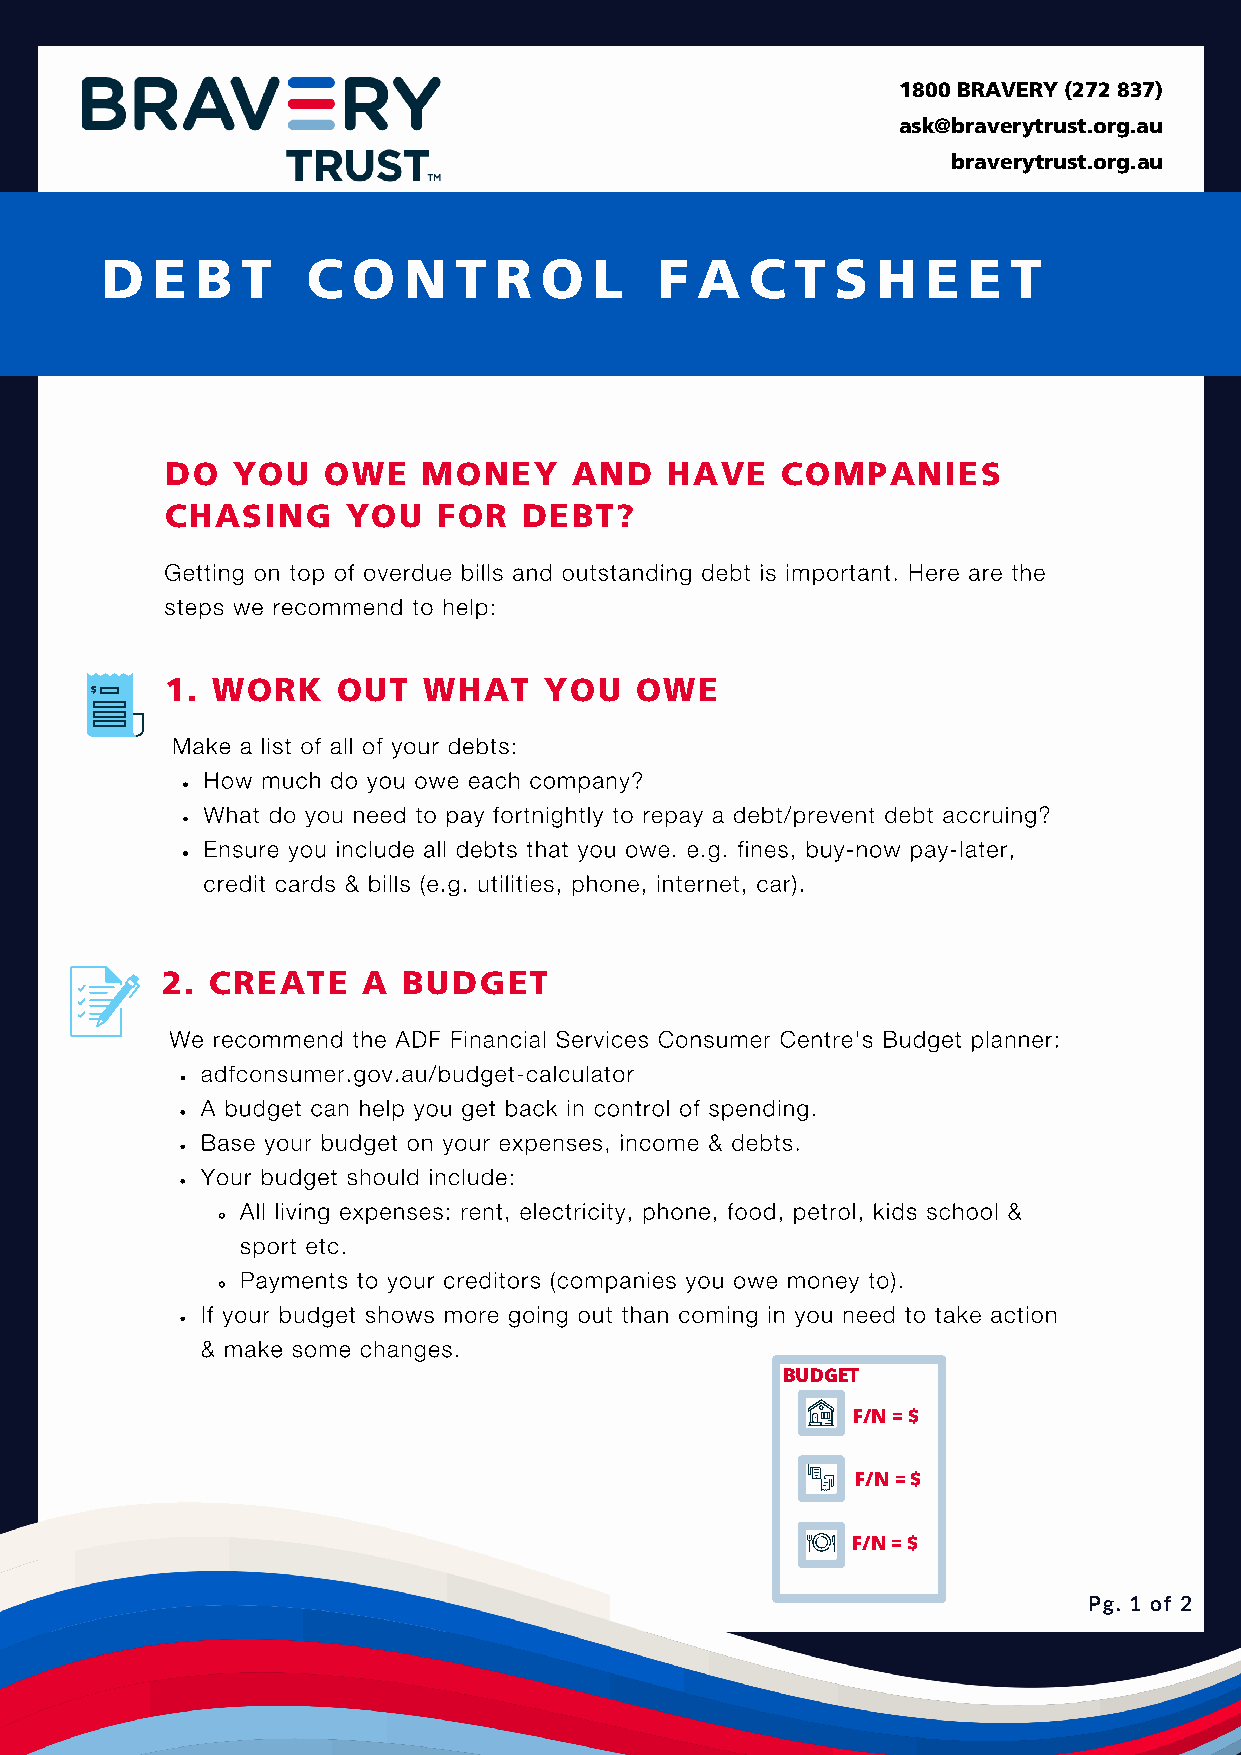
1800 BRAVERY (272 837)
 ask@braverytrust.org.au
 braverytrust.org.au
 D  E  B  T   C  O   N  T  R  O  L    F A   C  T S  H  E  E  T
 DO  YOU   OWE    MONEY     AND   HAVE    COMPANIES
 CHASING     YOU   FOR   DEBT?
 Getting on top of overdue bills and outstanding debt is important. Here are the
 steps we recommend to help:
 1. WORK    OUT   WHAT    YOU   OWE
 $
 Make a list of all of your debts:
 How much do you owe each company?
 What do you need to pay fortnightly to repay a debt/prevent debt accruing?
 Ensure you include all debts that you owe. e.g. fines, buy-now pay-later,
 credit cards & bills (e.g. utilities, phone, internet, car).
 2. CREATE    A  BUDGET
 We recommend the ADF Financial Services Consumer Centre's Budget planner:
 adfconsumer.gov.au/budget-calculator
 A budget can help you get back in control of spending.
 Base your budget on your expenses, income & debts.
 Your budget should include:
 All living expenses: rent, electricity, phone, food, petrol, kids school &
 sport etc.
 Payments to your creditors (companies you owe money to).
 If your budget shows more going out than coming in you need to take action
 & make some changes.
 BUDGET
 F/N = $
 F/N = $
 F/N = $
 Pg. 1 of 2